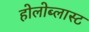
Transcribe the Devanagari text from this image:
होलोब्लास्ट